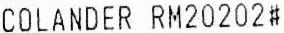
COLANDER RM20202#